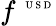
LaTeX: f^{\mathrm{~\tiny~U~S~D~}}